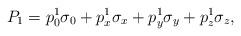
LaTeX: \begin{align*}P_{1}=p^{1}_{0}\sigma_{0}+p^{1}_{x}\sigma_{x}+p^{1}_{y}\sigma_{y}+p^{1}_{z}\sigma_{z},\end{align*}